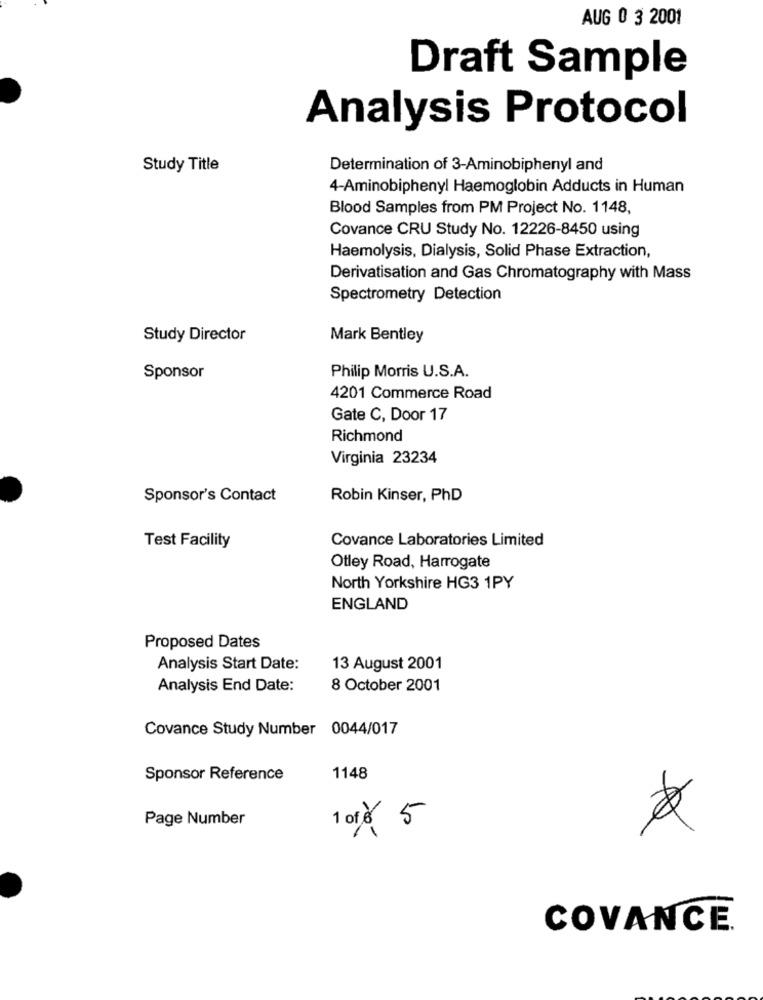
AUG 0 3 2001
Draft Sample
Analysis Protocol
Study Title
Determination of 3-Aminobiphenyl and
4-Aminobiphenyl Haemoglobin Adducts in Human
Blood Samples from PM Project No. 1148,
Covance CRU Study No. 12226-8450 using
Haemolysis, Dialysis, Solid Phase Extraction,
Derivatisation and Gas Chromatography with Mass
Spectrometry Detection
Study Director
Mark Bentley
Sponsor
Philip Morris U.S.A.
4201 Commerce Road
Gate C, Door 17
Richmond
Virginia 23234
Sponsor's Contact
Robin Kinser, PhD
Test Facility
Covance Laboratories Limited
Otley Road, Harrogate
North Yorkshire HG3 1PY
ENGLAND
Proposed Dates
Analysis Start Date:
13 August 2001
Analysis End Date:
8 October 2001
Covance Study Number 0044/017
Sponsor Reference
1148
Page Number
1 01 $ 5
COVANCE.